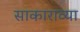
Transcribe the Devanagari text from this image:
साकाराव्या